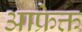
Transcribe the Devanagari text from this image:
आफ्रेक्त